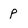
Character: p